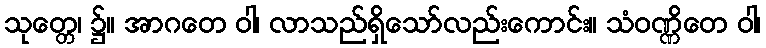
သုတ္တေ၊ ၌။ အာဂတေ ဝါ၊ လာသည်ရှိသော်လည်းကောင်း။ သံဝဏ္ဏိတေ ဝါ၊